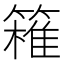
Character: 𥴛